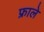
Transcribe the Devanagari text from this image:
फ्राले